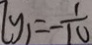
l y _ { 1 } = - \frac { 1 } { 1 0 }